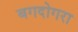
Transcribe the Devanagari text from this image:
बगदोगरा